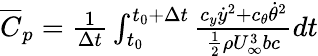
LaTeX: \begin{array}{r}{\overline{{C}}_{p}=\frac{1}{\Delta t}\int_{t_{0}}^{t_{0}+\Delta t}\frac{c_{y}\dot{y}^{2}+c_{\theta}\dot{\theta}^{2}}{\frac{1}{2}\rho U_{\infty}^{3}bc}dt}\end{array}